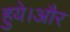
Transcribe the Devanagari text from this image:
हुये।और